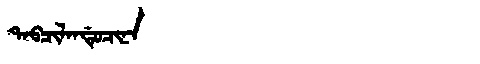
Manchu: ᡨᠠᠪᠴᡳᠯᠠᠨᡩᡠᠴᡳᠨᠠ
Romanization: TABCILANDUCINA